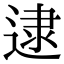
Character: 逮